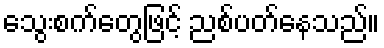
သွေးစက်တွေဖြင့် ညစ်ပတ်နေသည်။